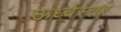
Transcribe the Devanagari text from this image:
ऊर्ध्वस्तर